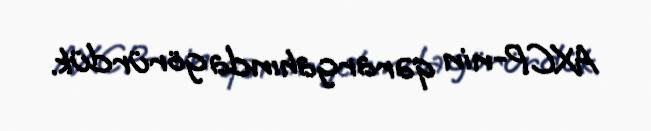
AXCP-nin qərargahında görürdük.